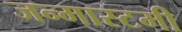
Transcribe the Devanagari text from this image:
जन्मास्टमी